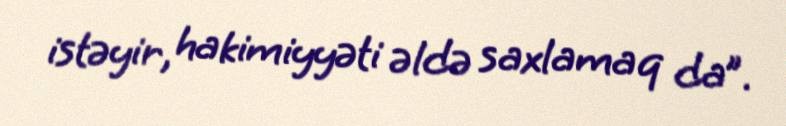
istəyir, hakimiyyəti əldə saxlamaq da”.